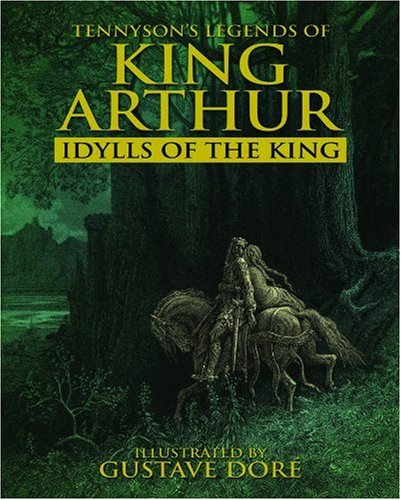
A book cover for Legends of King Arthur: Idylls of the King; Lord Alfred Tennyson; Science Fiction & Fantasy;